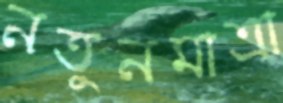
নতুনমাত্রা